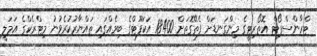
ޓްރާންސްޕޯޓް އޮތޯރިޓީގެ މިންގަނޑަށް ފެތޭގޮތަށް 18400 އަކަފޫޓްގެ ބިމެއްގައި ތައްޔާރުކުރެވުނު މިޓްރެކްގެ އަމަލީ